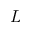
L